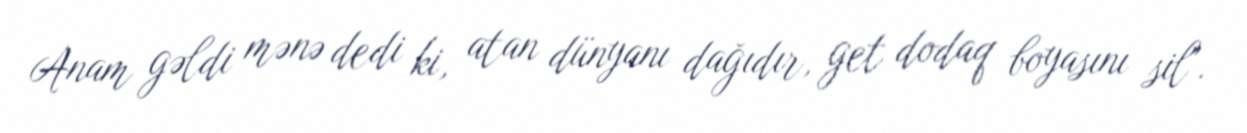
Anam gəldi mənə dedi ki, atan dünyanı dağıdır, get dodaq boyasını sil".